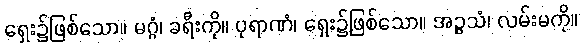
ရှေး၌ဖြစ်သော။ မဂ္ဂံ၊ ခရီးကို။ ပုရာဏံ၊ ရှေး၌ဖြစ်သော။ အဉ္ဇသံ၊ လမ်းမကို။